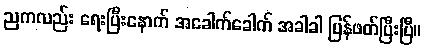
ညကလည်း ရေးပြီးနောက် အခေါက်ခေါက် အခါခါ ပြန်ဖတ်ပြီးပြီ။